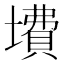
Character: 𱘃